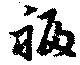
福